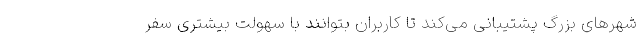
شهرهای بزرگ پشتیبانی می‌کند تا کاربران بتوانند با سهولت بیشتری سفر